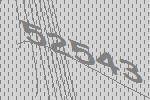
52543